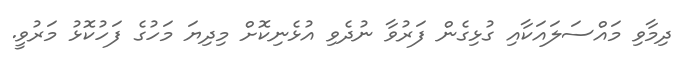
ދިމާވި މައްސަލައަކާއި ގުޅިގެން ފަރުވާ ނުދެވި އުޅެނިކޮށް މިދިޔަ މަހުގެ ފަހުކޮޅު މަރުވީ.